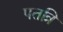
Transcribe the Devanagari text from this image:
पतत्रि